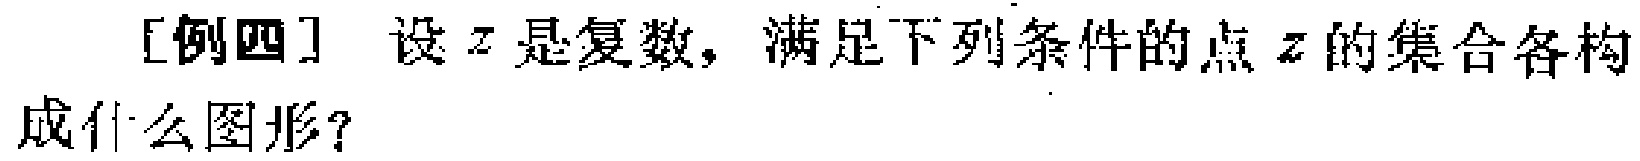
[例四] 设 \(z\) 是复数，满足下列条件的点 \(z\) 的集合各构成什么图形？